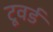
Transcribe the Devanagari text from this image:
टूवर्ड